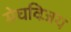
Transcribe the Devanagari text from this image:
मेघविजय